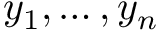
y _ { 1 } , \dots , y _ { n }